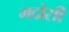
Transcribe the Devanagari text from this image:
मदोसी